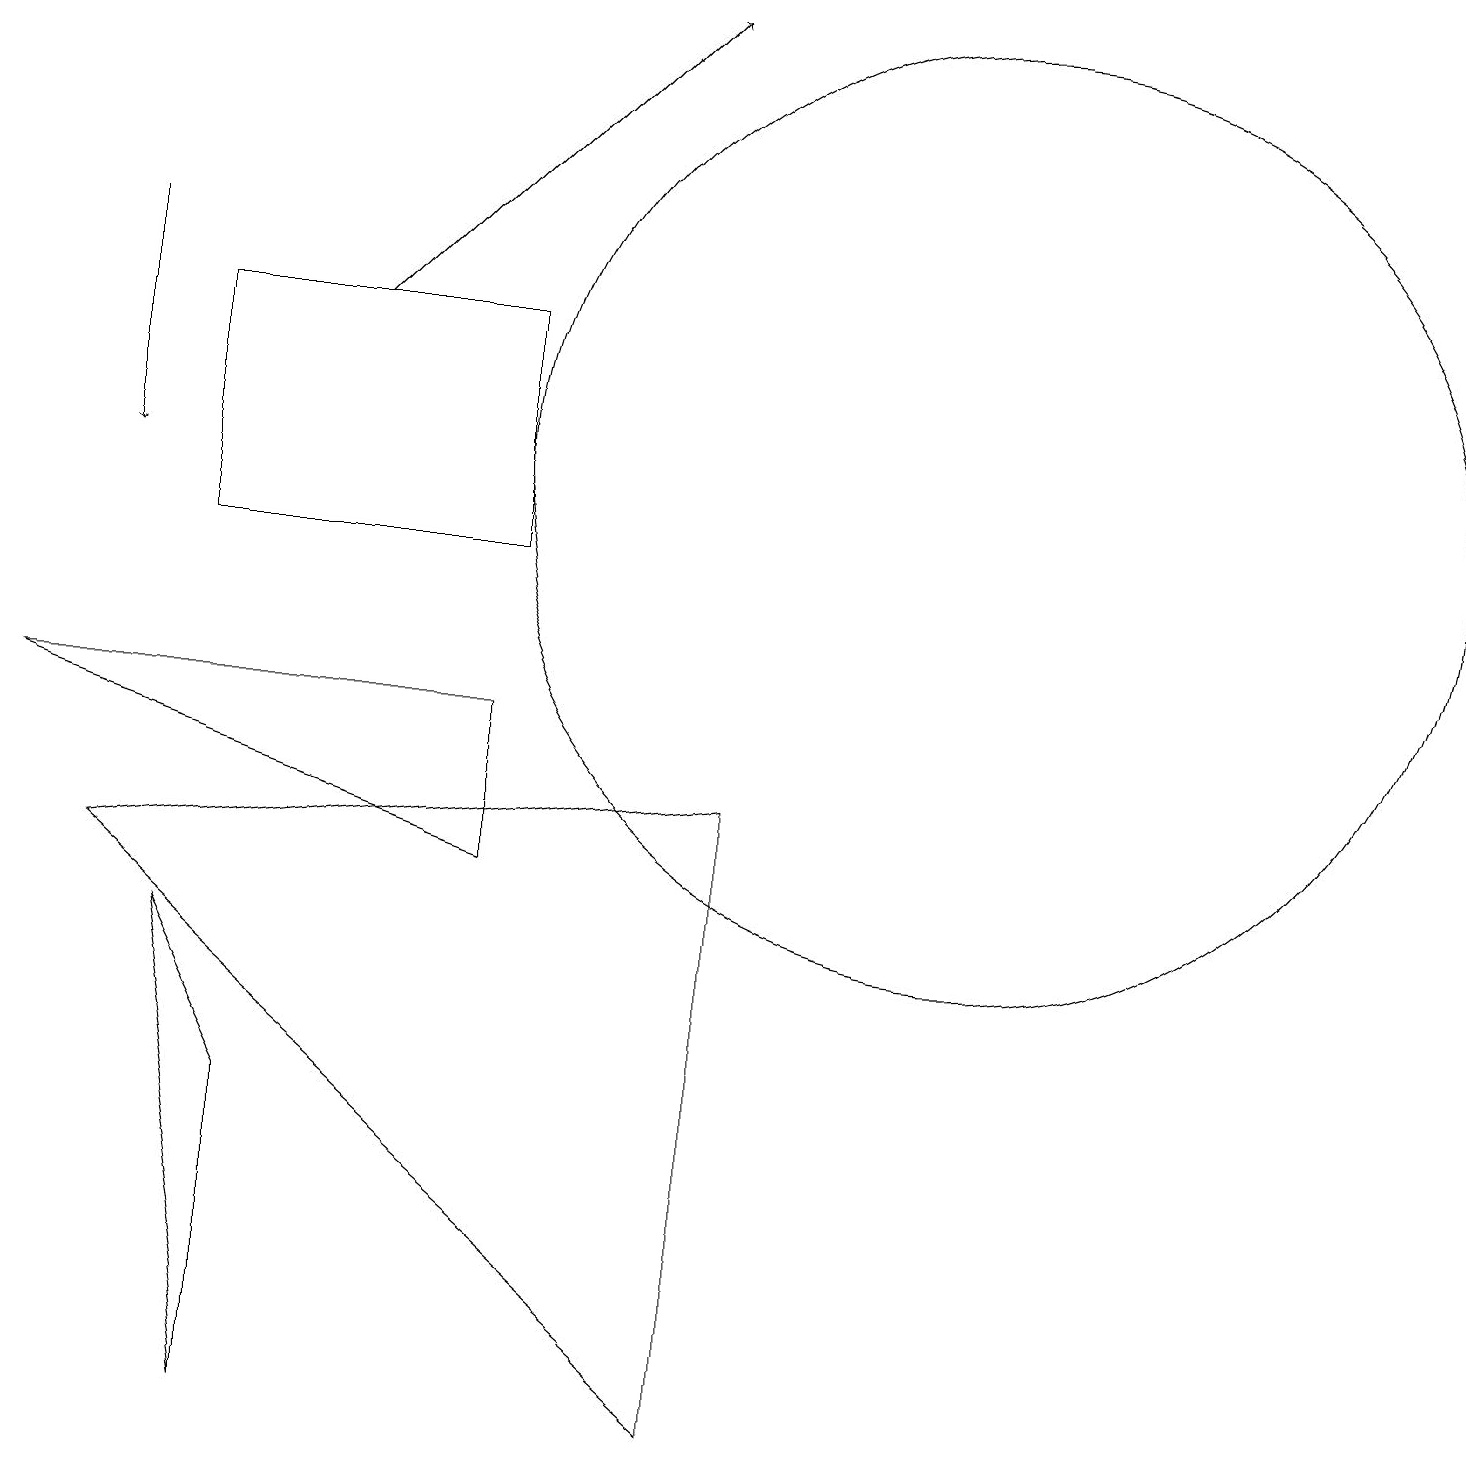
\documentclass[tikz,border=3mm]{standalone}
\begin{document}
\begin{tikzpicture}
\draw (12,12) circle (6);
\draw[->] (1,15) -- (1,12);
\draw (3,0) -- (3,4) -- (2,6) -- cycle;
\draw (9,0) -- (9,8) -- (1,7) -- cycle;
\draw[->] (4,14) -- (8,18);
\draw (6,11) rectangle (2,14);
\draw (6,9) -- (6,7) -- (0,9) -- cycle;
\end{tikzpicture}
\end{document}